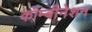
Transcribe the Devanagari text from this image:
कॉम्बीनेशन